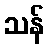
သန်